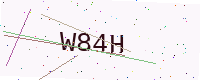
Text: W84H